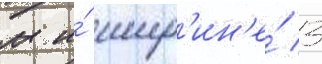
м и́ шир'ин'е́ 3